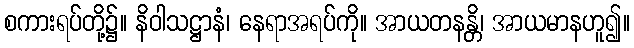
စကားရပ်တို့၌။ နိဝါသဋ္ဌာနံ၊ နေရာအရပ်ကို။ အာယတနန္တိ၊ အာယမာနဟူ၍။